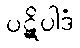
ပဋိပါဒံ